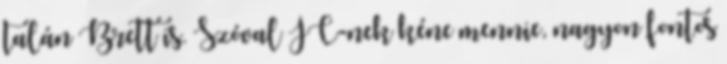
talán Brett is. Szóval JC-nek kéne mennie, nagyon fontos